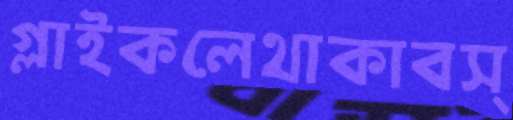
গ্লাইকলেথাকাবস্